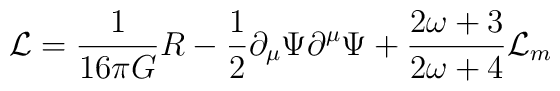
{\cal L}=\frac{1}{16\pi G}R-\frac{1}{2}\partial_{\mu}\Psi\partial^{\mu}\Psi+\frac{2\omega+3}{2\omega+4}{\cal L}_m